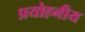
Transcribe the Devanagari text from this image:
प्रयोहनीय